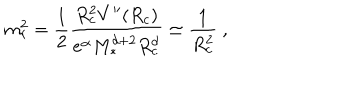
m _ { r } ^ { 2 } = \frac { 1 } { 2 } \frac { R _ { c } ^ { 2 } V ^ { \prime \prime } ( R _ { c } ) } { e ^ { \alpha } M _ { * } ^ { d + 2 } R _ { c } ^ { d } } \simeq \frac { 1 } { R _ { c } ^ { 2 } } \ ,